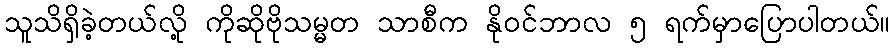
သူသိရှိခဲ့တယ်လို့ ကိုဆိုဗိုသမ္မတ သာစီက နိုဝင်ဘာလ ၅ ရက်မှာပြောပါတယ်။